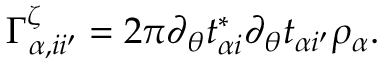
\Gamma _ { \alpha , i i ^ { \prime } } ^ { \zeta } = 2 \pi \partial _ { \theta } t _ { \alpha i } ^ { * } \partial _ { \theta } t _ { \alpha i ^ { \prime } } \rho _ { \alpha } .